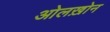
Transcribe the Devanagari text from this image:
ओलख़ोन